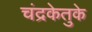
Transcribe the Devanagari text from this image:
चंद्रकेतुके